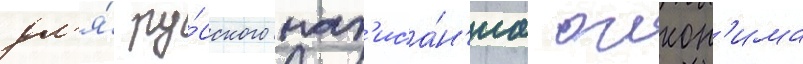
дл'я́ ру́сского нап'иса́н'иа оикон'има